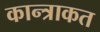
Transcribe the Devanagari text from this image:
कान्त्राकत